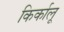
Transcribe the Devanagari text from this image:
किर्कालू